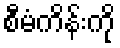
စီမံကိန်းကို